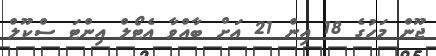
ޖޫން މަހުގެ 18 އިން 21 އަށް ބާއްވާ އެޓޯލް އިންޓަ ސްކޫލް